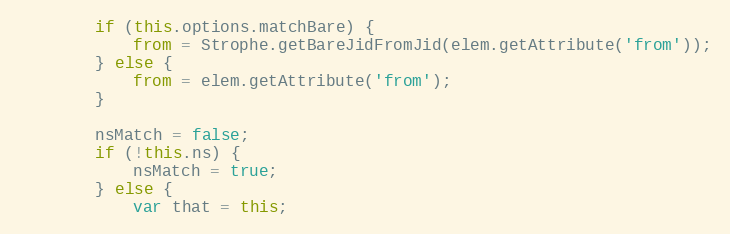
Language: JavaScript
        if (this.options.matchBare) {
            from = Strophe.getBareJidFromJid(elem.getAttribute('from'));
        } else {
            from = elem.getAttribute('from');
        }

        nsMatch = false;
        if (!this.ns) {
            nsMatch = true;
        } else {
            var that = this;